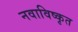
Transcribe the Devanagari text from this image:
नवाविष्कृत